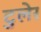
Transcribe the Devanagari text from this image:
टुलेर